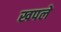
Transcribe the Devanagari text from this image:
खपले